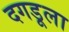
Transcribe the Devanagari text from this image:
दगडूला